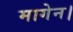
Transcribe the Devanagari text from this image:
मागेन।